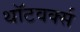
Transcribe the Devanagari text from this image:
थॉटवर्क्स